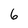
Character: 6